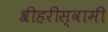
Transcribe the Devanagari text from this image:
श्रीहरीस्वामी